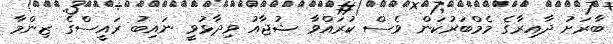
ބާރަށު ދާއިރާގެ މެމްބަރުކަން ވެސް ކުރައްވާ ޝުޖާއު ވިދާޅުވީ ނައިބު ރައީސްގެ ޒިންމާ